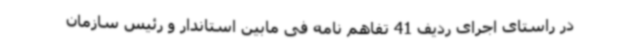
در راستای اجرای ردیف 41 تفاهم نامه فی مابین استاندار و رئیس سازمان